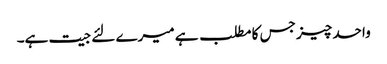
واحد چیز جس کا مطلب ہے میرے لئے جیت ہے۔